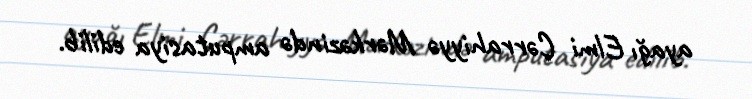
ayağı Elmi Cərrahiyyə Mərkəzində amputasiya edilib.